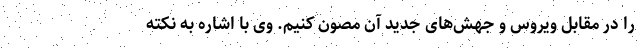
را در مقابل ویروس و جهش‌های جدید آن مصون کنیم. وی با اشاره به نکته